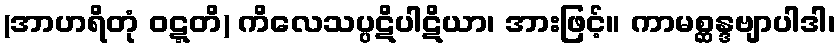
(အာဟရိတုံ ဝဋ္ဋတိ) ကိလေသပ္ပဋိပါဋိယာ၊ အားဖြင့်။ ကာမစ္ဆန္ဒဗျာပါဒါ၊